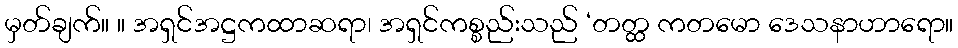
မှတ်ချက်။ ။ အရှင်အဋ္ဌကထာဆရာ၊ အရှင်ကစ္စည်းသည် ‘တတ္ထ ကတမော ဒေသနာဟာရော။